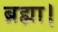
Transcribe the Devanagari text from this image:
ब्रह्मा।